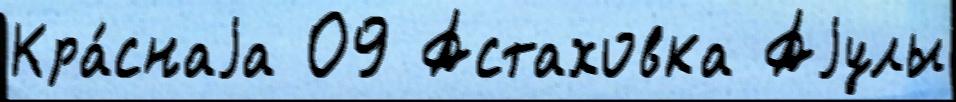
Кра́снаjа 09 Астаховка Аjулы